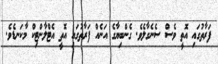
ފަރާތުގައި އޮތީ ވެސް ސެނެގާލެވެ. ގެންބިޔާގެ އަނެއް ފަރާތުގައި އޮތީ އެޓްލާންޓިކް މާކަނޑެވެ.